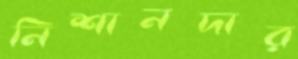
নিশানদার